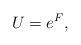
LaTeX: \begin{align*}U=e^F,\end{align*}